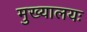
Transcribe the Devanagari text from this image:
मुख्यालयः